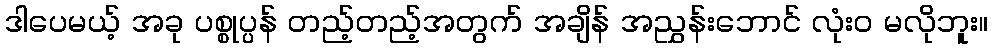
ဒါပေမယ့် အခု ပစ္စုပ္ပန် တည့်တည့်အတွက် အချိန် အညွှန်းဘောင် လုံးဝ မလိုဘူး။